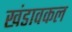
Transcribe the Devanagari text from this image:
खंडावकल